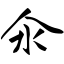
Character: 氽